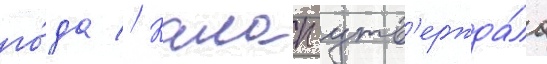
го́да // Калап утв'ержда́ла